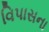
વિપાસના